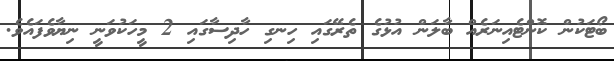
ބޯޓަކުން ކޮންޓެއިނަރެއް ބާލަން އުޅުުގެ ތެރޭގައި ހިނގި ހާދިސާގައި 2 މީހަކުވަނީ ނިޔާވެފައެވެ.